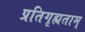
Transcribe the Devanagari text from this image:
प्रतिगृह्यताम्